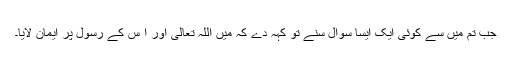
جب تم میں سے کوئی ایک ایسا سوال سنے تو کہہ دے کہ میں اللہ تعالیٰ اور ا س کے رسول پر ایمان لایا۔